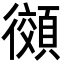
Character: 𫹨